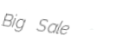
Big Sale